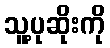
သူ့ပုဆိုးကို